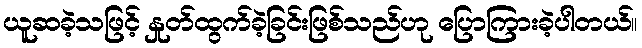
ယူဆခဲ့သဖြင့် နှုတ်ထွက်ခဲ့ခြင်းဖြစ်သည်ဟု ပြောကြားခဲ့ပါတယ်။